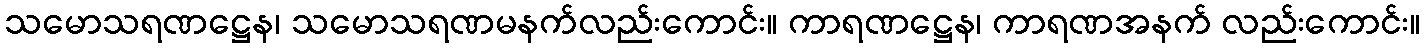
သမောသရဏဋ္ဌေန၊ သမောသရဏမနက်လည်းကောင်း။ ကာရဏဋ္ဌေန၊ ကာရဏအနက် လည်းကောင်း။